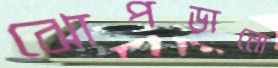
ঝোপড়ানো